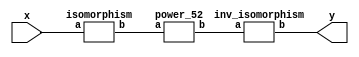
`timescale 1ns/100ps
module SMSS32_52_nn_8_6(x,y);
	 input [5:0] x;
	 output [5:0] y;
	 wire [5:0] w;
	 wire [5:0] p;
	 isomorphism C2 (x,w);
	 power_52 C3 (w,p);
	 inv_isomorphism C4 (p,y);
endmodule

module add_base(a,b,c);
	 input [2:0] a;
	 input [2:0] b;
	 output [2:0] c;
	 assign c[0]=a[0]^b[0];
	 assign c[1]=a[1]^b[1];
	 assign c[2]=a[2]^b[2];
endmodule

module multiplication_base(a,b,c);
	 input [2:0] a;
	 input [2:0] b;
	 output [2:0] c;
	 assign c[0]=(a[2]&b[2])^(a[0]&b[1])^(a[1]&b[0])^(a[1]&b[2])^(a[2]&b[1]);
	 assign c[1]=(a[0]&b[0])^(a[0]&b[2])^(a[2]&b[0])^(a[1]&b[2])^(a[2]&b[1]);
	 assign c[2]=(a[1]&b[1])^(a[0]&b[1])^(a[1]&b[0])^(a[0]&b[2])^(a[2]&b[0]);
endmodule

module square_base(a,b);
	 input [2:0] a;
	 output[2:0] b;
	 assign b[0]=a[2];
	 assign b[1]=a[0];
	 assign b[2]=a[1];
endmodule

module four_base(a,b);
	 input [2:0] a;
	 output[2:0] b;
	 assign b[0]=a[1];
	 assign b[1]=a[2];
	 assign b[2]=a[0];
endmodule

module power_52(a,b);
	 input [5:0] a;
	 output [5:0] b;
	 wire [2:0] x_0;
	 wire [2:0] x_1;
	 wire [2:0] x_2;
	 wire [2:0] x_3;
	 wire [2:0] x_4;
	 wire [2:0] x_5;
	 wire [2:0] x_6;
	 wire [2:0] x_7;
	 wire [2:0] y_0;
	 wire [2:0] y_1;
	 assign x_0[0]=a[0];
	 assign x_0[1]=a[1];
	 assign x_0[2]=a[2];
	 assign x_1[0]=a[3];
	 assign x_1[1]=a[4];
	 assign x_1[2]=a[5];
	 square_base  A1 (x_0,x_2);
	 square_base  A2 (x_1,x_3);
	 multiplication_base A3 (x_0,x_1,x_4);
	 four_base  A4 (x_4,x_5);
	 add_base A5 (x_0,x_1,x_6);
	 add_base A6 (x_5,x_6,x_7);
	 multiplication_base A7 (x_2,x_7,y_0);
	 multiplication_base A8 (x_3,x_7,y_1);
	 assign b[0]=y_0[0];
	 assign b[1]=y_0[1];
	 assign b[2]=y_0[2];
	 assign b[3]=y_1[0];
	 assign b[4]=y_1[1];
	 assign b[5]=y_1[2];
endmodule

module inv_isomorphism(a,b);
	 input [5:0] a;
	 output [5:0] b;
	 assign b[0]=a[0]^a[2]^a[3]^a[4];
	 assign b[1]=a[1]^a[3]^a[4];
	 assign b[2]=a[1]^a[2]^a[5];
	 assign b[3]=a[4]^a[5];
	 assign b[4]=a[0]^a[2]^a[4];
	 assign b[5]=a[0]^a[2];
endmodule

module isomorphism(a,b);
	 input [5:0] a;
	 output [5:0] b;
	 assign b[0]=a[0]^a[2]^a[5];
	 assign b[1]=a[0]^a[2]^a[4]^a[5];
	 assign b[2]=a[0]^a[1]^a[5];
	 assign b[3]=a[0]^a[4]^a[5];
	 assign b[4]=a[0]^a[1]^a[2];
	 assign b[5]=a[0]^a[2]^a[3];
endmodule